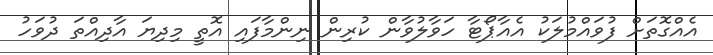
އެއްގޮތަށް ފުވައްމުލަކު އެއާޕޯޓާ ހަވާލުވާން ކުރިން ނިންމާފައި އޮތީ މިދިޔަ އާދިއްތަ ދުވަހު